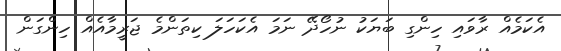
އެކަމެއް ރާވައި ހިންގި ބަޔަކު ނުހޯދޭ ނަމަ އެކަހަލަ ކިތަންމެ ޖަރީމާއެއް ހިންގަން